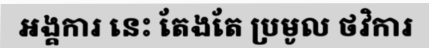
អង្គការ នេះ តែងតែ ប្រមូល ថវិការ